Scottish Leaving Certificate Examination, 1952
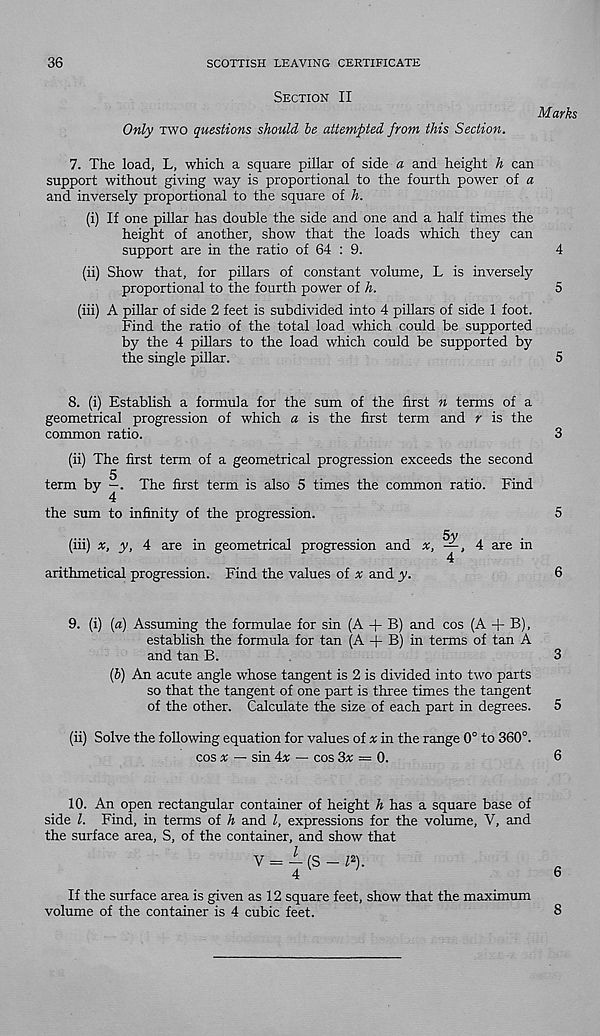
36
SCOTTISH LEAVING CERTIFICATE
Section II
Only two questions should le attempted from this Section.
Marks
7. The load, L, which a square pillar of side a and height h can
support without giving way is proportional to the fourth power of a
and inversely proportional to the square of h.
(i) If one pillar has double the side and one and a half times the
height of another, show that the loads which they can
support are in the ratio of 64 : 9.
4
(ii) Show that, for pillars of constant volume, L is inversely
proportional to the fourth power of h.
5
(iii) A pillar of side 2 feet is subdivided into 4 pillars of side 1 foot.
Find the ratio of the total load which could be supported
by the 4 pillars to the load which could be supported by
the single pillar.
5
8. (i) Establish a formula for the sum of the first n terms of a
geometrical progression of which a is the first term and r is the
common ratio.
3
(ii) The first term of a geometrical progression exceeds the second
5
term by —. The first term is also 5 times the common ratio. Find
4
the sum to infinity of the progression.
5
5y
(iii) x, y, 4 are in geometrical progression and
, 4 are in
4
arithmetical progression. Find the values of x and y.
6
9. (i) [a) Assuming the formulae for sin (A + B) and cos (A + B),
establish the formula for tan (A + B) in terms of tan A
and tan B.
3
(6) An acute angle whose tangent is 2 is divided into two parts
so that the tangent of one part is three times the tangent
of the other. Calculate the size of each part in degrees. 5
(ii) Solve the following equation for values of x in the range 0° to 360°.
cos » — sin 4* — cos 3x — 0.
6
10. An open rectangular container of height h has a square base of
side l. Find, in terms of h and l, expressions for the volume, V, and
the surface area, S, of the container, and show that
V = | (S - l*).
If the surface area is given as 12 square feet, show that the maximum
volume of the container is 4 cubic feet.
8